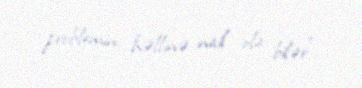
problemin həllinə nail ola bilər”.